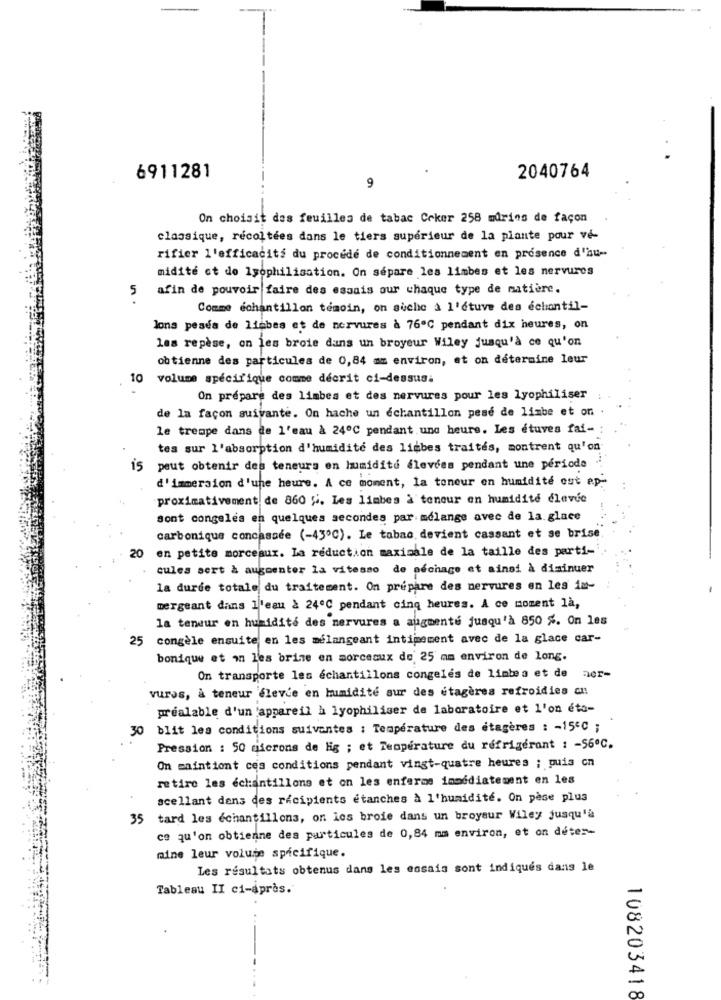
6911281
2040764
9
On choisit des feuilles de tabac Coker 258 mdrins de façon
classique, récoltées dans le tiers supérieur de la plante pour ve-
rifier l'efficacité du procede de conditionnement en présence d'au-
midité et de lyophilisation. On sépare les limbes et les nervures
5
afin de pouvoir faire des essais our chaque type de matière.
Comme échantillon témoin, on suche à l'étuve des echantil-
lona pesea de liebes et de nervures à 76ºC pendant dix heures, on
les repèse, on les broie dans un broyeur Wiley jusqu'à ce qu'on
obtienne des particules de 0,84 mm environ, et on détermine leur
10
volume spécifique comme décrit ci-dessus.
On prépare des limbes et des nervures pour les lyophiliser
de la façon suivante. On hache un échantillon pese de limbe et on .
le trempe dans de l'eau à 24ºC pendant une heure. Les étuves fai-
tes sur l'absorption d'humidité des liebes traités, montrent qu'on
is
peut obtenir des teneurs en humidité élevées pendant une periode
d'immersion d'une heure. A ce moment, la teneur en humidité ost ep-
proximativement de 860 ". Les limbes à teneur en humidité élevée
sont congelés en quelques secondes par mélange avec de la.glace
carbonique concassée (-43ºC). Le tabac devient cassant et se brise
en petite morceaux. La reduction maximale de la taille des parti-
20
cules sert à augmenter la vitesso de séchage et ainsi à diminuer
la durée totale du traitement. On prépare des nervures en les in-
mergeant dans l'eau à 24ºC pendant cinq heures. A ce moment là,
la teneur en humidité des nervures a augmenté jusqu'à 850 %. On les
25
congèle ensuite en les mélangeant intimement avec de la glace car-
bonique et m les brine en morceaux de 25 mm environ de long.
Der-
On transporte les échantillons congelés de limtes et de
vuras, à teneur élevée en humidité sur des étagères refroidies cn
préalable d'un 'appareil à lyophiliser de laboratoire et l'on éto-
30 blit les conditions suivantes : Température des étagères : - 150 ;
Pression : 50 microns de Hig ; et Temperature du refrigerant : - 56℃.
On maintient ces conditions pendant vingt-quatre heures ; puis cn
retire les échantillons et on les enferme immédiatement en les
scellant dens des recipients étanches à l'humidité. On pèse plus
35 tard les échantillons, on les broie dans un broyeur Wiley jusqu'à
ce qu'on obtienne des particules de 0,84 mm environ, et on deter-
mine leur volume spécifique.
Les résultats obtenus dans les essais sont indiqués dans le
Tableau II ci-après.
108203418